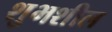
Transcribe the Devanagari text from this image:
शुभशील